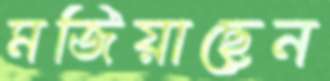
মজিয়াছেন